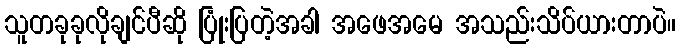
သူတခုခုလိုချင်ပီဆို ပြုံးပြတဲ့အခါ အဖေအမေ အသည်းသိပ်ယားတာပဲ။